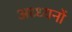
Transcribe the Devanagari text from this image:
अध्ध्यनों